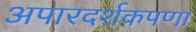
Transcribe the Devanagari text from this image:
अपारदर्शकपणा